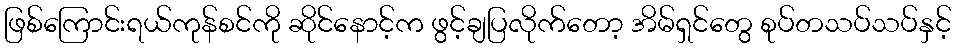
ဖြစ်ကြောင်းရယ်ကုန်စင်ကို ဆိုင်နောင့်က ဖွင့်ချပြလိုက်တော့ အိမ်ရှင်တွေ စုပ်တသပ်သပ်နှင့်